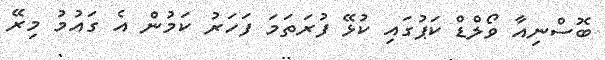
ބޮސްނިއާ ވޯލްޑް ކަޕުގައި ކުޅޭ ފުރަތަމަ ފަހަރު ކަމުން އެ ގައުމު މިރޭ